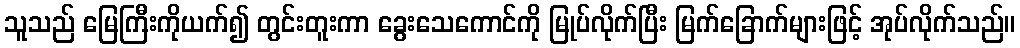
သူသည် မြေကြီးကိုယက်၍ တွင်းတူးကာ ခွေးသေကောင်ကို မြုပ်လိုက်ပြီး မြက်ခြောက်များဖြင့် အုပ်လိုက်သည်။